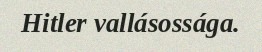
Hitler vallásossága.